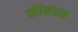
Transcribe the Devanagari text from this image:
कीनंधम